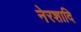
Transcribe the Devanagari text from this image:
नेरशादि